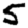
Digit: 5